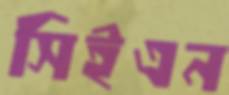
সিইএন